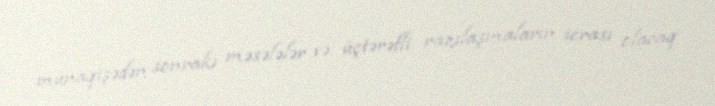
münaqişədən sonrakı məsələlər və üçtərəfli razılaşmaların icrası olacaq.